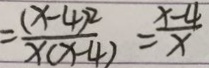
= \frac { ( x - 4 ) ^ { 2 } } { x ( x - 4 ) } = \frac { x - 4 } { x }